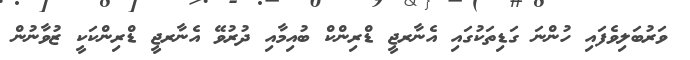
ވަރުބަލިވެފައި ހުންނަ ގަޑިތަކުގައި އެނާރޖީ ޑްރިންކް ބުއިމާއި ދުރުވޭ އެނާރޖީ ޑްރިންކަކީ ޒުވާނުން